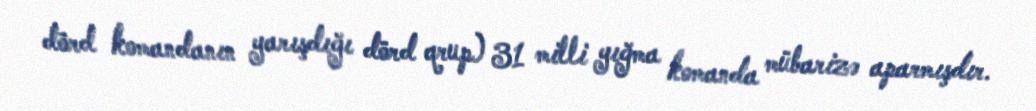
dörd komandanın yarışdığı dörd qrup) 31 milli yığma komanda mübarizə aparmışdır.